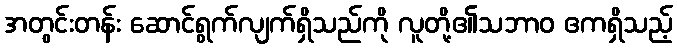
အတွင်းတန်း ဆောင်ရွက်လျက်ရှိသည်ကို လူတို့၏သဘာဝ ဧကရှိသည့်